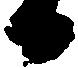
日